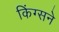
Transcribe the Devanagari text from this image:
किंग्सने